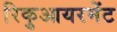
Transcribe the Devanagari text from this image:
रिकुआयरमेंट